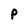
Character: P